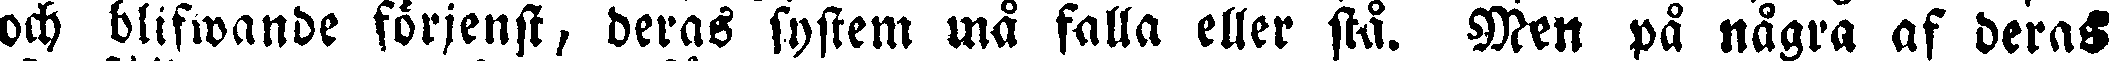
och blifwande förjenst, deras system må falla eller stå. Men på några af deras